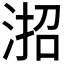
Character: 𪶎